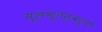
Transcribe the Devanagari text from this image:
मूलभूतस्वरूपी